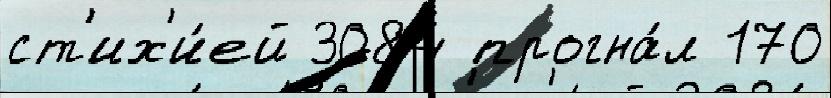
ст'их'и́ей 3084 прогна́л 170